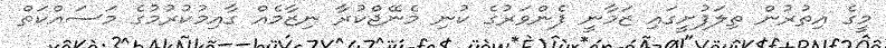
މީގެ އިތުރުން ތިލަފުށީގައި ޒަމާނީ ފެންވަރުގެ ކުނި މެނޭޖްކުރާ ނިޒާމެއް ގާއިމުކުރުމުގެ މަސައްކަތް